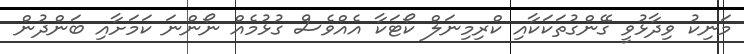
މަނިކު ވިދާޅުވީ ގޭންގުތަކަކާއި ކްރިމިނަލް ކޯޓަކާ އެއްވެސް ގުޅުމެއް ނޯންނަ ކަމަށާއި ބަންދުން